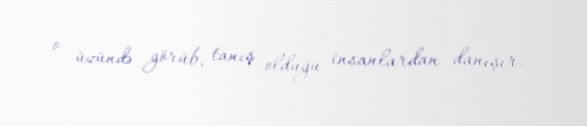
o üzündə görüb, tanış olduğu insanlardan danışır.